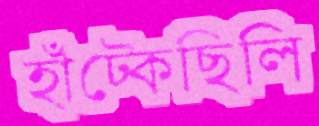
হাঁট্‌কেছিলি